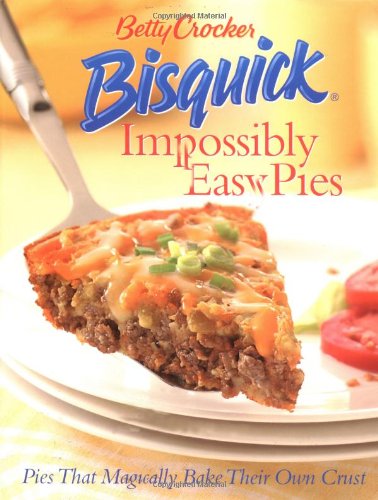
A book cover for Betty Crocker Bisquick Impossibly Easy Pies: Pies that Magically Bake Their Own Crust; Betty Crocker; Cookbooks, Food & Wine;